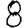
Digit: 8